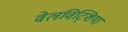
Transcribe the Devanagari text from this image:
वेलविट्शिया